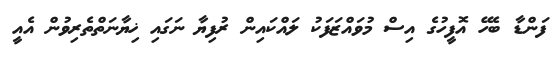
ފަންޑާ ބެހޭ އޮފީހުގެ އިސް މުވައްޒަފަކު ލައްކައިން ރުފިޔާ ނަގައި ޚިޔާނަތްތެރިވުން އެއީ